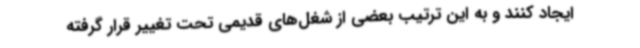
ایجاد کنند و به این ترتیب بعضی از شغل‌های قدیمی تحت تغییر قرار گرفته